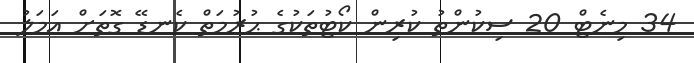
34 މިނެޓް 20 ސިކުންތު ކުރިން ކޯޓުތަކުގެ ޙުރުމަތް ކެނޑޭ ގޮތަށް އަމަލު